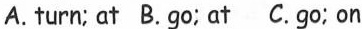
A. turn; at B.go; at C.go; on